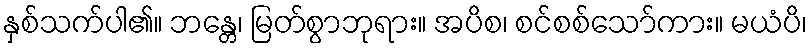
နှစ်သက်ပါ၏။ ဘန္တေ၊ မြတ်စွာဘုရား။ အပိစ၊ စင်စစ်သော်ကား။ မယံပိ၊